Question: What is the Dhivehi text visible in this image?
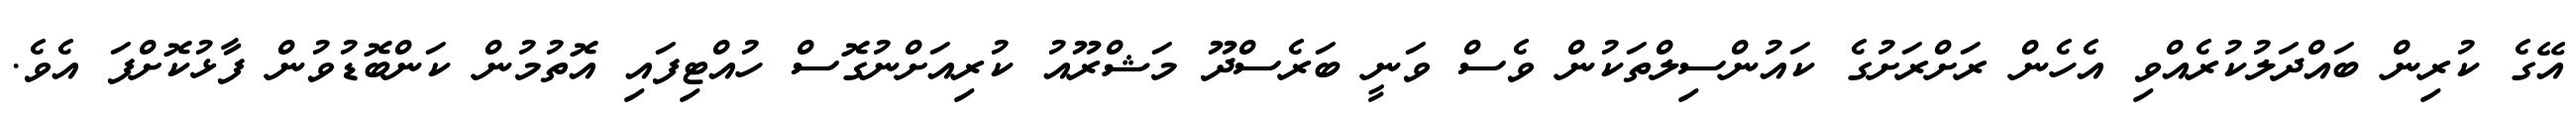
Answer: އޭގެ ކުރިން ބައްދަލުކުރެއްވި އެހެން ރަށްރަށުގެ ކައުންސިލްތަކުން ވެސް ވަނީ ބަރެސްދޫ މަޝްރޫއު ކުރިއަށްނުގޮސް ހުއްޓިފައި އޮތުމުން ކަންބޮޑުވުން ފާޅުކޮށްފަ އެވެ.